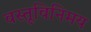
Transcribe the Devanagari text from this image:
वस्तूविनिमय